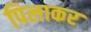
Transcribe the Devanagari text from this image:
पिलाकर